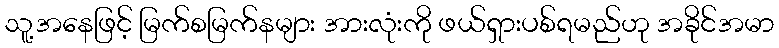
သူ့အနေဖြင့် မြက်စမြက်နများ အားလုံးကို ဖယ်ရှားပစ်ရမည်ဟု အခိုင်အမာ